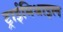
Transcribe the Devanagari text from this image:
ट्राईमिथाइल